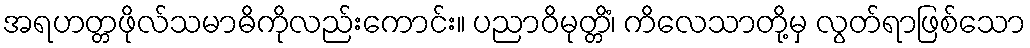
အရဟတ္တဖိုလ်သမာဓိကိုလည်းကောင်း။ ပညာဝိမုတ္တိံ၊ ကိလေသာတို့မှ လွတ်ရာဖြစ်သော